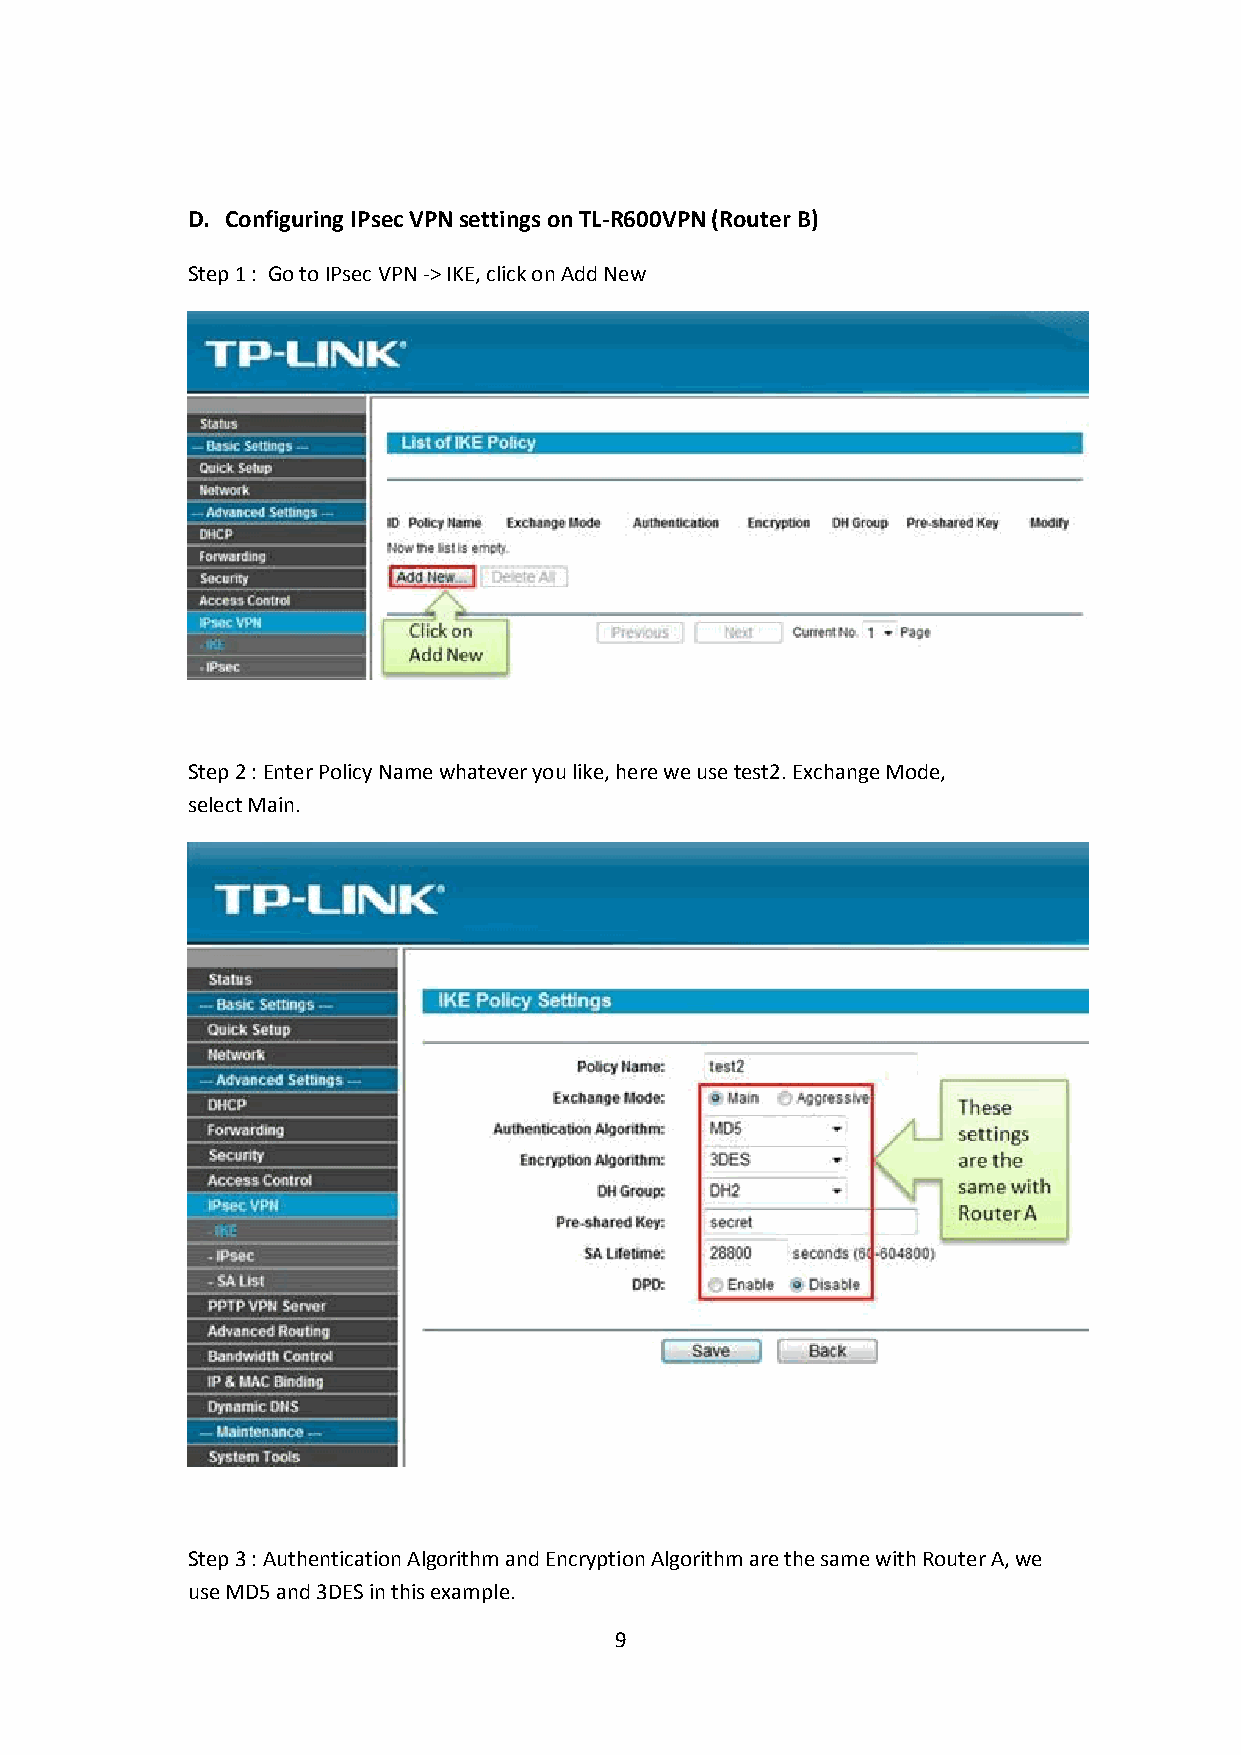
D. Configuring IPsec VPN settings on TL-R600VPN (Router B)
 Step 1: Go toIPsec VPN->IKE, click onAdd New
 Step 2:Enter Policy Name whatever you like, here we usetest2. Exchange Mode,
 selectMain.
 Step 3: Authentication Algorithm and Encryption Algorithm are the same with Router A, we
 useMD5and3DESin this example.
 9